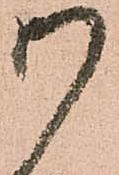
御